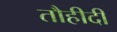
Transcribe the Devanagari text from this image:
तौहीदी